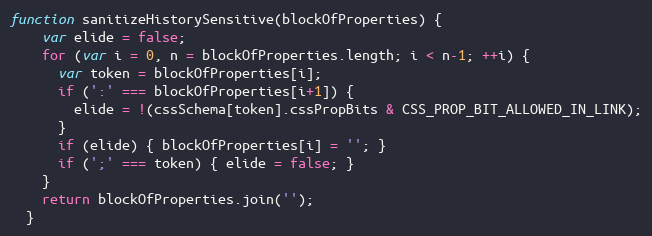
Language: JavaScript
function sanitizeHistorySensitive(blockOfProperties) {
    var elide = false;
    for (var i = 0, n = blockOfProperties.length; i < n-1; ++i) {
      var token = blockOfProperties[i];
      if (':' === blockOfProperties[i+1]) {
        elide = !(cssSchema[token].cssPropBits & CSS_PROP_BIT_ALLOWED_IN_LINK);
      }
      if (elide) { blockOfProperties[i] = ''; }
      if (';' === token) { elide = false; }
    }
    return blockOfProperties.join('');
  }